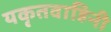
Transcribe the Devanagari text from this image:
यकृतवाहिनी